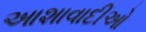
આશાવાદીઓ